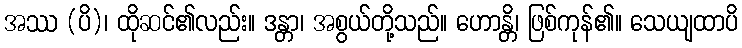
အဿ (ပိ)၊ ထိုဆင်၏လည်း။ ဒန္တာ၊ အစွယ်တို့သည်။ ဟောန္တိ၊ ဖြစ်ကုန်၏။ သေယျထာပိ